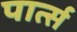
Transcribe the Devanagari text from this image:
पार्त्स